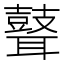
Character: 𦗺